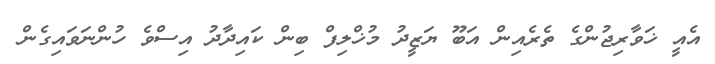
އެއީ ޚަވާރިޖުންގެ ތެރެއިން އަބޫ ޔަޒީދު މުޚްލިފް ބިން ކައިދާދު އިސްވެ ހުންނަވައިގެން